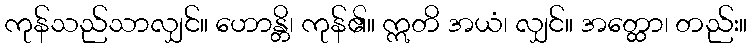
ကုန်သည်သာလျှင်။ ဟောန္တိ၊ ကုန်၏။ ဣတိ အယံ၊ လျှင်။ အတ္ထော၊ တည်း။